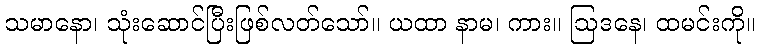
သမာနော၊ သုံးဆောင်ပြီးဖြစ်လတ်သော်။ ယထာ နာမ၊ ကား။ ဩဒနေ၊ ထမင်းကို။